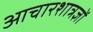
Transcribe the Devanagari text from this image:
आचारशात्रज्ञों